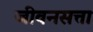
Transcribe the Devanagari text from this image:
जीवनसत्ता